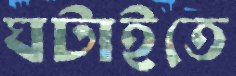
ঘটাইতে